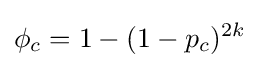
\phi _{c}=1-(1-p_{c})^{2k}